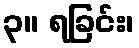
၃။ ရခြင်း၊